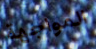
المواجهة